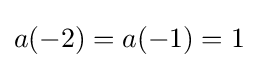
a(-2)=a(-1)=1